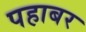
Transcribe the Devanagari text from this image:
पहाबर